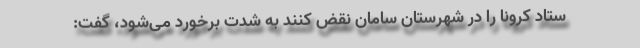
ستاد کرونا را در شهرستان سامان نقض کنند به شدت برخورد می‌شود، گفت: